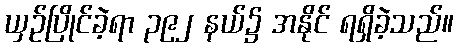
ယှဉ်ပြိုင်ခဲ့ရာ ၃၉၂ နယ်၌ အနိုင် ရရှိခဲ့သည်။